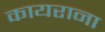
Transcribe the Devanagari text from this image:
कायराना